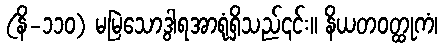
(နိ-၁၁၀) မမြဲသောဒွါရအာရုံရှိသည်၎င်း။ နိယတဝတ္ထုကံ၊